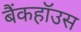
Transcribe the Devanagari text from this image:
बैंकहॉउस